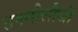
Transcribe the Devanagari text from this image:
तक्नौलौजी